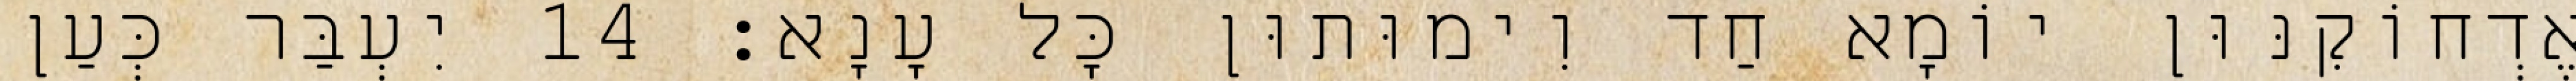
אֶדְחוֹקִנּוּן יוֹמָא חַד וִימוּתוּן כָּל עָנָא׃ 14 יִעְבַּר כְּעַן